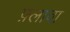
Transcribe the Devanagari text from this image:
फ़्लावा